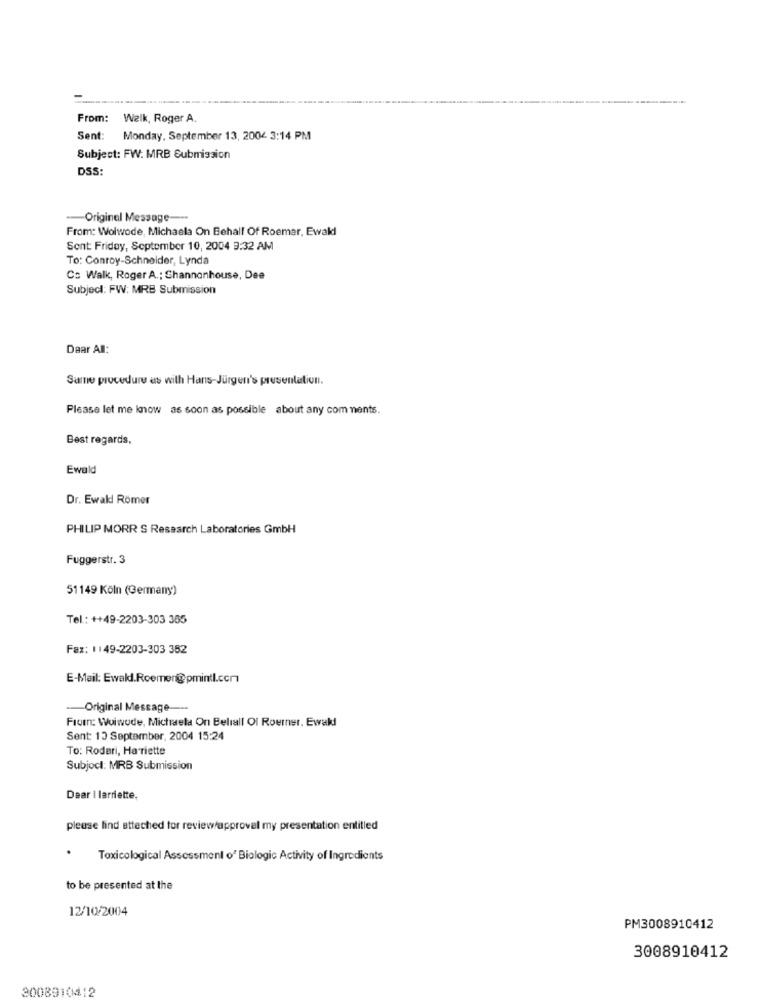
From:
Walk, Roger A.
Sent:
Monday, September 13, 2004 3:14 PM
Subject: FW: MRB Submission
DSS:
-- Original Message ---
From: Wolwode, Michaela On Behalf Of Roemer, Ewald
Sont Friday, September 10, 2004 3:32 AM
To: Conroy-Schneider, Lynda
Co Walk, Roger A .: Shannonhouse, Dee
Subject: FW: MRB Submission
Daar All:
Same procedure as with Hans-Jürgen's presentation.
Please let me know as soon as possible about any com ments.
Best regards,
Ewald
Dr. Ewald Römer
PHILIP MORR S Research Laboratories GmbH
Fuggerstr. 3
51149 Köln (Germany)
Tel .: ++49-2203-303 355
Fax: 1 149-2203-303 352
E-Mail: Ewald.Roemer@pmintl.com
-Original Message ---
From: Woiwode, Michaela On Beliall Of Roemner. Ewakl
Sent: 13 September, 2004 15:24
To: Rodari, Hariette
Subject: MRB Submission
Dear I larriette,
please lind etteched for reviewapproval my presentation entitled
Toxicological Assessment o' Biologic Activity of Ingredients
to be presented at the
12/10/2004
PM3008910412
3008910412
2008910412